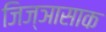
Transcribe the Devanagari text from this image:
जिज्ञासाक